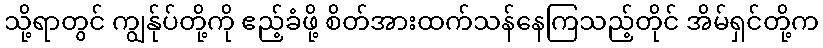
သို့ရာတွင် ကျွန်ုပ်တို့ကို ဧည့်ခံဖို့ စိတ်အားထက်သန်နေကြသည့်တိုင် အိမ်ရှင်တို့က